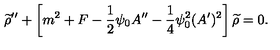
{ \widetilde \rho } ^ { \prime \prime } + \left[ m ^ { 2 } + F - { \frac { 1 } { 2 } } \psi _ { 0 } A ^ { \prime \prime } - { \frac { 1 } { 4 } } \psi _ { 0 } ^ { 2 } ( A ^ { \prime } ) ^ { 2 } \right] { \widetilde \rho } = 0 .